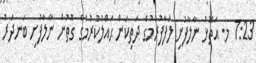
7:23 މ. އަތޮޅު ނާލާފުށި ލަފާފުރުމުގެ ދަތިކަން ޙައްލުކުރުމުގެ ގޮތުން ނާލާފުށި ބަނދަރު